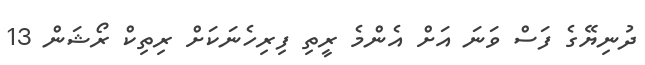
ދުނިޔޭގެ ފަސް ވަނަ އަށް އެންމެ ރީތި ފިރިހެނަކަށް ރިތިކް ރޯޝަން 13